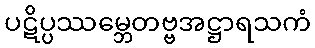
ပဋိပ္ပဿမ္ဘေတဗ္ဗအဋ္ဌာရသကံ